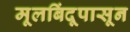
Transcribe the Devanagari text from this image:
मूलबिंदूपासून